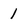
Character: 1